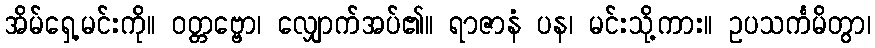
အိမ်ရှေ့မင်းကို။ ဝတ္တဗ္ဗော၊ လျှောက်အပ်၏။ ရာဇာနံ ပန၊ မင်းသို့ကား။ ဥပသင်္ကမိတွာ၊